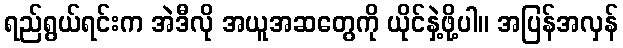
ရည်ရွယ်ရင်းက အဲဒီလို အယူအဆတွေကို ယိုင်နှဲ့ဖို့ပါ။ အပြန်အလှန်